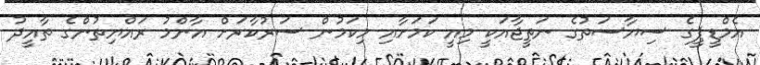
އެމްޑީޕީގެ ސިޔާސަތުގެ ނަތީޖާއަކީ މިއީ ކަމަށާއި މިކަމުން ސަރުކާރަށް އާންމު ރައްޔިތުންގެ ތާއީދު